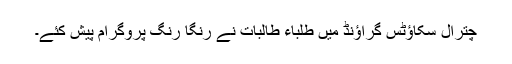
چترال سکاؤٹس گراؤنڈ میں طلباء طالبات نے رنگا رنگ پروگرام پیش کئے۔